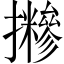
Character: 𢹪